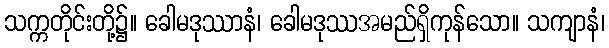
သက္ကတိုင်းတို့၌။ ခေါမဒုဿာနံ၊ ခေါမဒုဿအမည်ရှိကုန်သော။ သကျာနံ၊